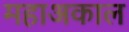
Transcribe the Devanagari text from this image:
महाअकाल